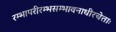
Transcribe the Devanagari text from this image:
रम्भापरीरम्भसम्भावनाधीरचेताः